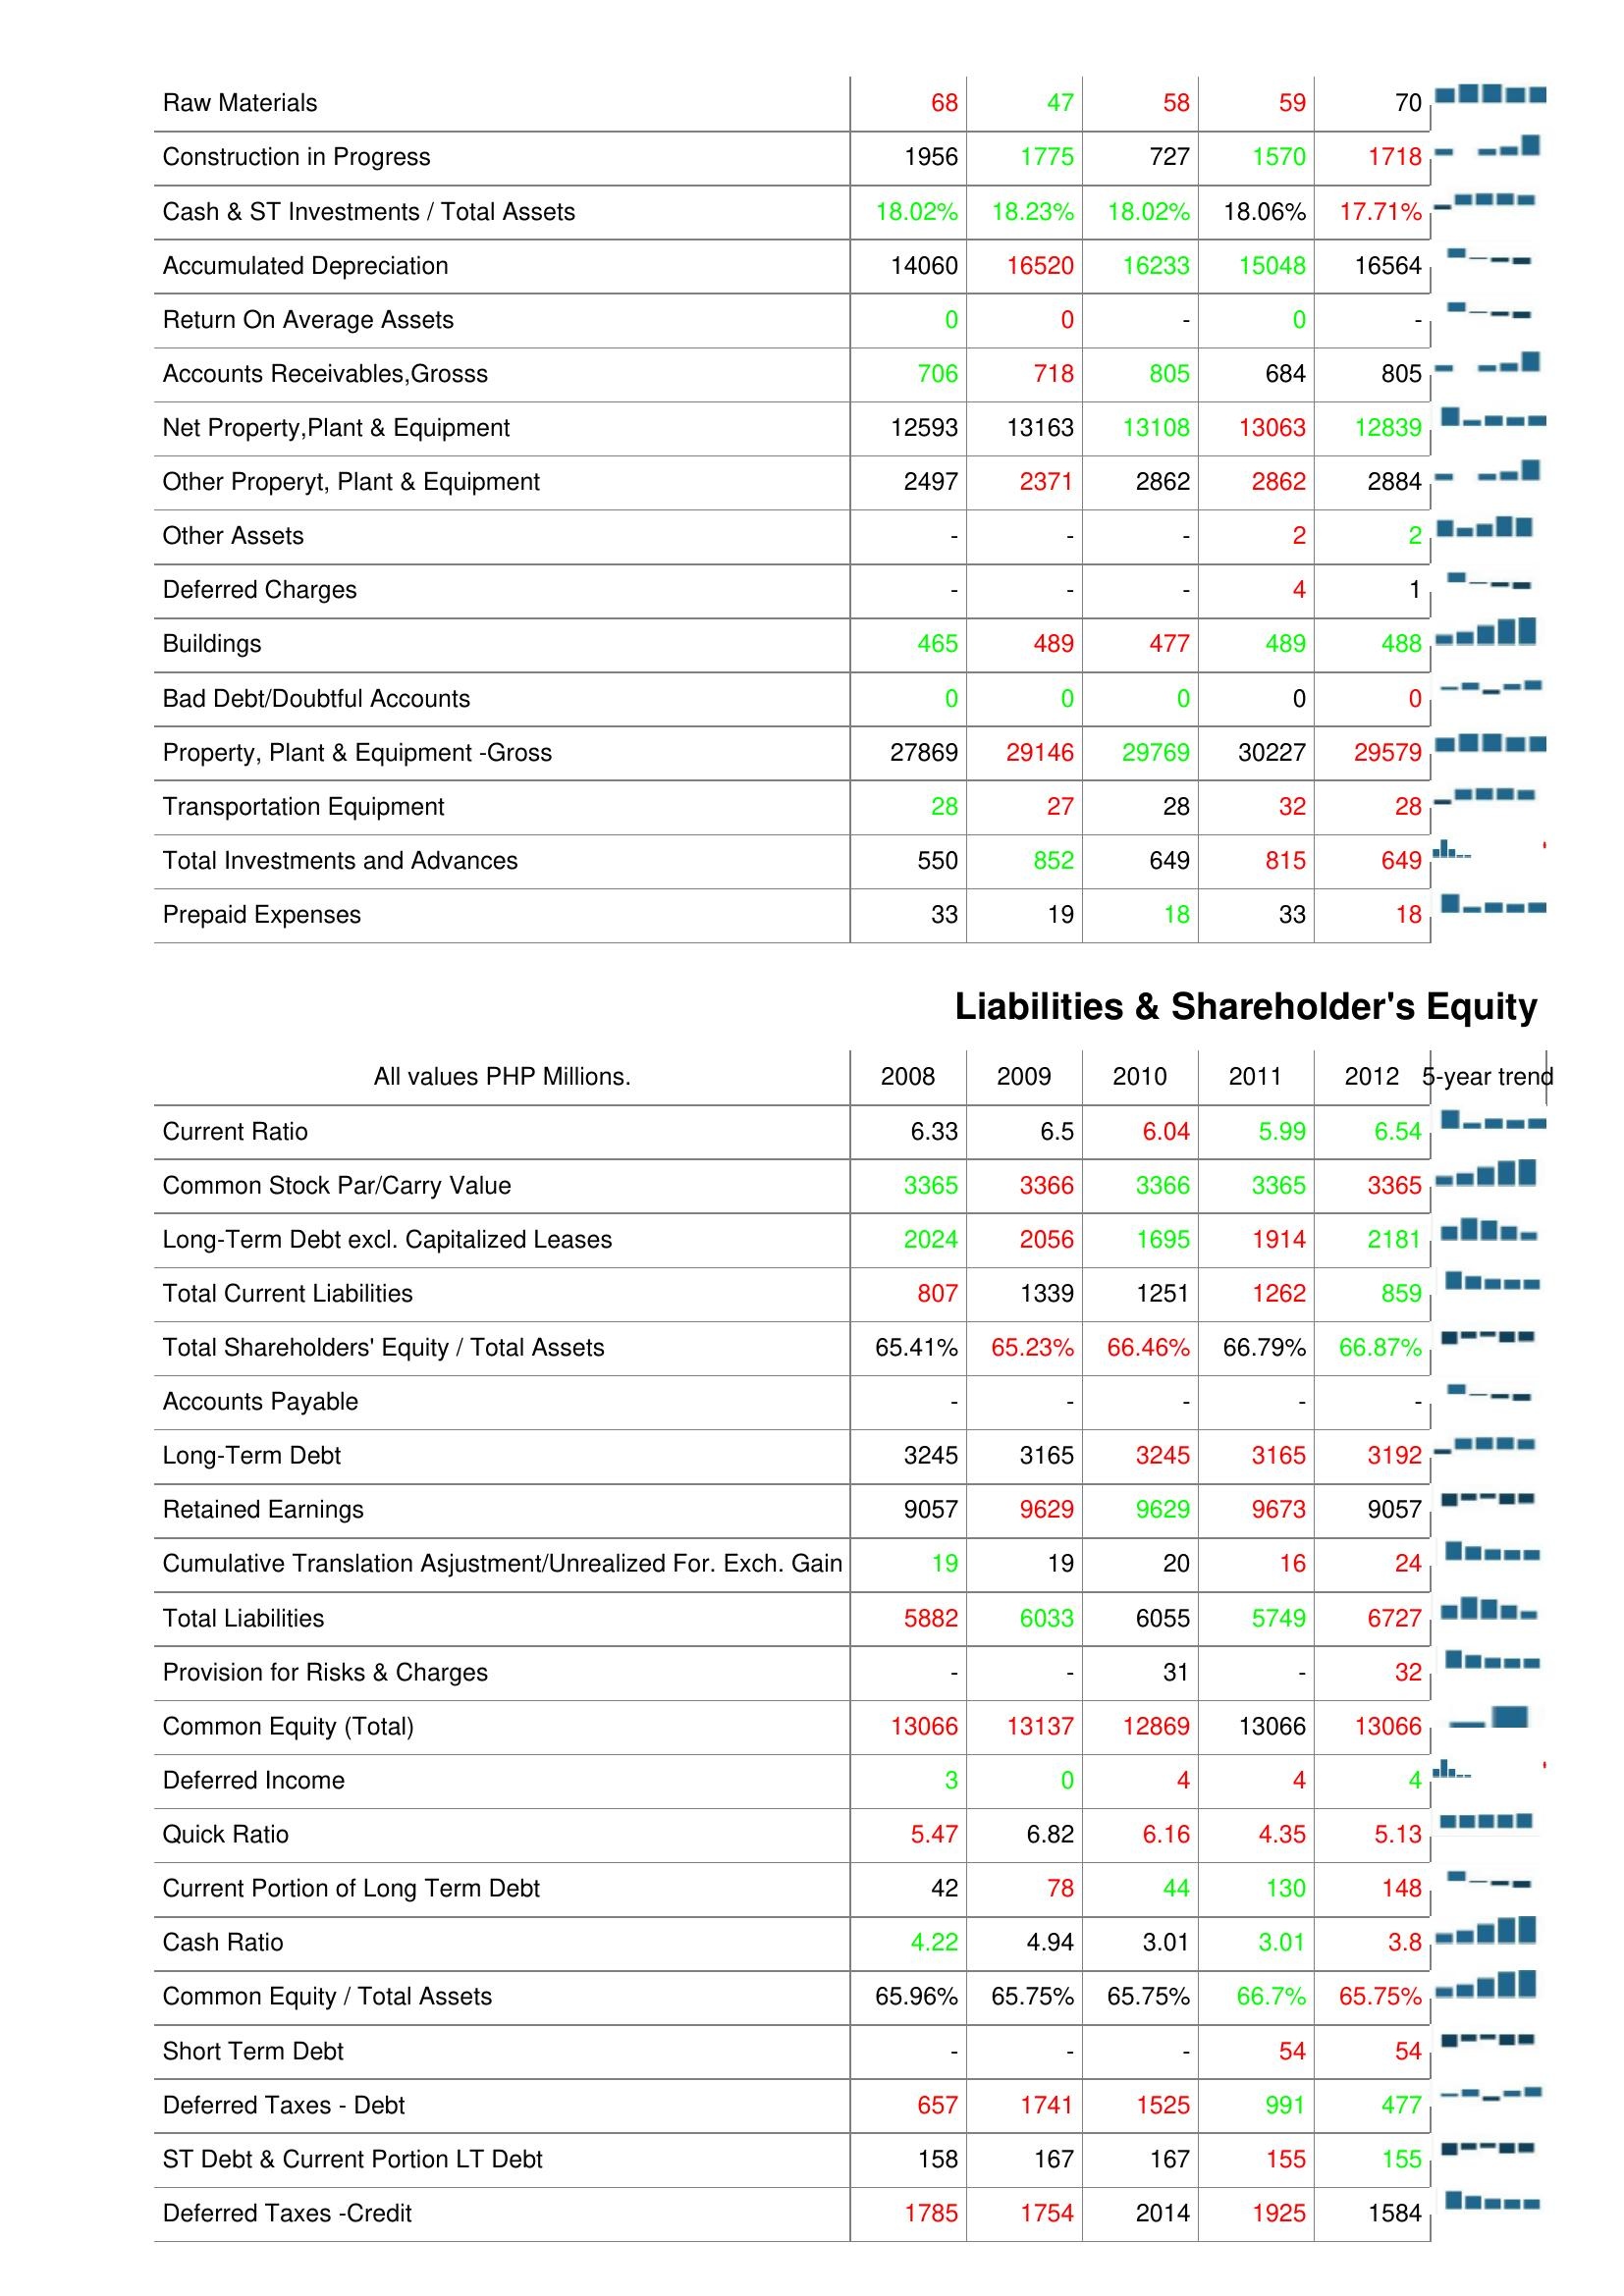
2008: Assets: Raw Materials: 68
Construction in Progress: 1956
Cash & ST Investments / Total Assets: 18.02%
Accumulated Depreciation: 14060
Return On Average Assets: 0
Accounts Receivables,Grosss: 706
Net Property,Plant & Equipment: 12593
Other Properyt, Plant & Equipment: 2497
Other Assets: -
Deferred Charges: -
Buildings: 465
Bad Debt/Doubtful Accounts: 0
Property, Plant & Equipment -Gross: 27869
Transportation Equipment: 28
Total Investments and Advances: 550
Prepaid Expenses: 33
Liabilities & Shareholder's Equity: Current Ratio: 6.33
Common Stock Par/Carry Value: 3365
Long-Term Debt excl. Capitalized Leases: 2024
Total Current Liabilities: 807
Total Shareholders' Equity / Total Assets: 65.41%
Accounts Payable: -
Long-Term Debt: 3245
Retained Earnings: 9057
Cumulative Translation Asjustment/Unrealized For. Exch. Gain: 19
Total Liabilities: 5882
Provision for Risks & Charges: -
Common Equity (Total): 13066
Deferred Income: 3
Quick Ratio: 5.47
Current Portion of Long Term Debt: 42
Cash Ratio: 4.22
Common Equity / Total Assets: 65.96%
Short Term Debt: -
Deferred Taxes - Debt: 657
ST Debt & Current Portion LT Debt: 158
Deferred Taxes -Credit: 1785
2009: Assets: Raw Materials: 47
Construction in Progress: 1775
Cash & ST Investments / Total Assets: 18.23%
Accumulated Depreciation: 16520
Return On Average Assets: 0
Accounts Receivables,Grosss: 718
Net Property,Plant & Equipment: 13163
Other Properyt, Plant & Equipment: 2371
Other Assets: -
Deferred Charges: -
Buildings: 489
Bad Debt/Doubtful Accounts: 0
Property, Plant & Equipment -Gross: 29146
Transportation Equipment: 27
Total Investments and Advances: 852
Prepaid Expenses: 19
Liabilities & Shareholder's Equity: Current Ratio: 6.5
Common Stock Par/Carry Value: 3366
Long-Term Debt excl. Capitalized Leases: 2056
Total Current Liabilities: 1339
Total Shareholders' Equity / Total Assets: 65.23%
Accounts Payable: -
Long-Term Debt: 3165
Retained Earnings: 9629
Cumulative Translation Asjustment/Unrealized For. Exch. Gain: 19
Total Liabilities: 6033
Provision for Risks & Charges: -
Common Equity (Total): 13137
Deferred Income: 0
Quick Ratio: 6.82
Current Portion of Long Term Debt: 78
Cash Ratio: 4.94
Common Equity / Total Assets: 65.75%
Short Term Debt: -
Deferred Taxes - Debt: 1741
ST Debt & Current Portion LT Debt: 167
Deferred Taxes -Credit: 1754
2010: Assets: Raw Materials: 58
Construction in Progress: 727
Cash & ST Investments / Total Assets: 18.02%
Accumulated Depreciation: 16233
Return On Average Assets: -
Accounts Receivables,Grosss: 805
Net Property,Plant & Equipment: 13108
Other Properyt, Plant & Equipment: 2862
Other Assets: -
Deferred Charges: -
Buildings: 477
Bad Debt/Doubtful Accounts: 0
Property, Plant & Equipment -Gross: 29769
Transportation Equipment: 28
Total Investments and Advances: 649
Prepaid Expenses: 18
Liabilities & Shareholder's Equity: Current Ratio: 6.04
Common Stock Par/Carry Value: 3366
Long-Term Debt excl. Capitalized Leases: 1695
Total Current Liabilities: 1251
Total Shareholders' Equity / Total Assets: 66.46%
Accounts Payable: -
Long-Term Debt: 3245
Retained Earnings: 9629
Cumulative Translation Asjustment/Unrealized For. Exch. Gain: 20
Total Liabilities: 6055
Provision for Risks & Charges: 31
Common Equity (Total): 12869
Deferred Income: 4
Quick Ratio: 6.16
Current Portion of Long Term Debt: 44
Cash Ratio: 3.01
Common Equity / Total Assets: 65.75%
Short Term Debt: -
Deferred Taxes - Debt: 1525
ST Debt & Current Portion LT Debt: 167
Deferred Taxes -Credit: 2014
2011: Assets: Raw Materials: 59
Construction in Progress: 1570
Cash & ST Investments / Total Assets: 18.06%
Accumulated Depreciation: 15048
Return On Average Assets: 0
Accounts Receivables,Grosss: 684
Net Property,Plant & Equipment: 13063
Other Properyt, Plant & Equipment: 2862
Other Assets: 2
Deferred Charges: 4
Buildings: 489
Bad Debt/Doubtful Accounts: 0
Property, Plant & Equipment -Gross: 30227
Transportation Equipment: 32
Total Investments and Advances: 815
Prepaid Expenses: 33
Liabilities & Shareholder's Equity: Current Ratio: 5.99
Common Stock Par/Carry Value: 3365
Long-Term Debt excl. Capitalized Leases: 1914
Total Current Liabilities: 1262
Total Shareholders' Equity / Total Assets: 66.79%
Accounts Payable: -
Long-Term Debt: 3165
Retained Earnings: 9673
Cumulative Translation Asjustment/Unrealized For. Exch. Gain: 16
Total Liabilities: 5749
Provision for Risks & Charges: -
Common Equity (Total): 13066
Deferred Income: 4
Quick Ratio: 4.35
Current Portion of Long Term Debt: 130
Cash Ratio: 3.01
Common Equity / Total Assets: 66.7%
Short Term Debt: 54
Deferred Taxes - Debt: 991
ST Debt & Current Portion LT Debt: 155
Deferred Taxes -Credit: 1925
2012: Assets: Raw Materials: 70
Construction in Progress: 1718
Cash & ST Investments / Total Assets: 17.71%
Accumulated Depreciation: 16564
Return On Average Assets: -
Accounts Receivables,Grosss: 805
Net Property,Plant & Equipment: 12839
Other Properyt, Plant & Equipment: 2884
Other Assets: 2
Deferred Charges: 1
Buildings: 488
Bad Debt/Doubtful Accounts: 0
Property, Plant & Equipment -Gross: 29579
Transportation Equipment: 28
Total Investments and Advances: 649
Prepaid Expenses: 18
Liabilities & Shareholder's Equity: Current Ratio: 6.54
Common Stock Par/Carry Value: 3365
Long-Term Debt excl. Capitalized Leases: 2181
Total Current Liabilities: 859
Total Shareholders' Equity / Total Assets: 66.87%
Accounts Payable: -
Long-Term Debt: 3192
Retained Earnings: 9057
Cumulative Translation Asjustment/Unrealized For. Exch. Gain: 24
Total Liabilities: 6727
Provision for Risks & Charges: 32
Common Equity (Total): 13066
Deferred Income: 4
Quick Ratio: 5.13
Current Portion of Long Term Debt: 148
Cash Ratio: 3.8
Common Equity / Total Assets: 65.75%
Short Term Debt: 54
Deferred Taxes - Debt: 477
ST Debt & Current Portion LT Debt: 155
Deferred Taxes -Credit: 1584